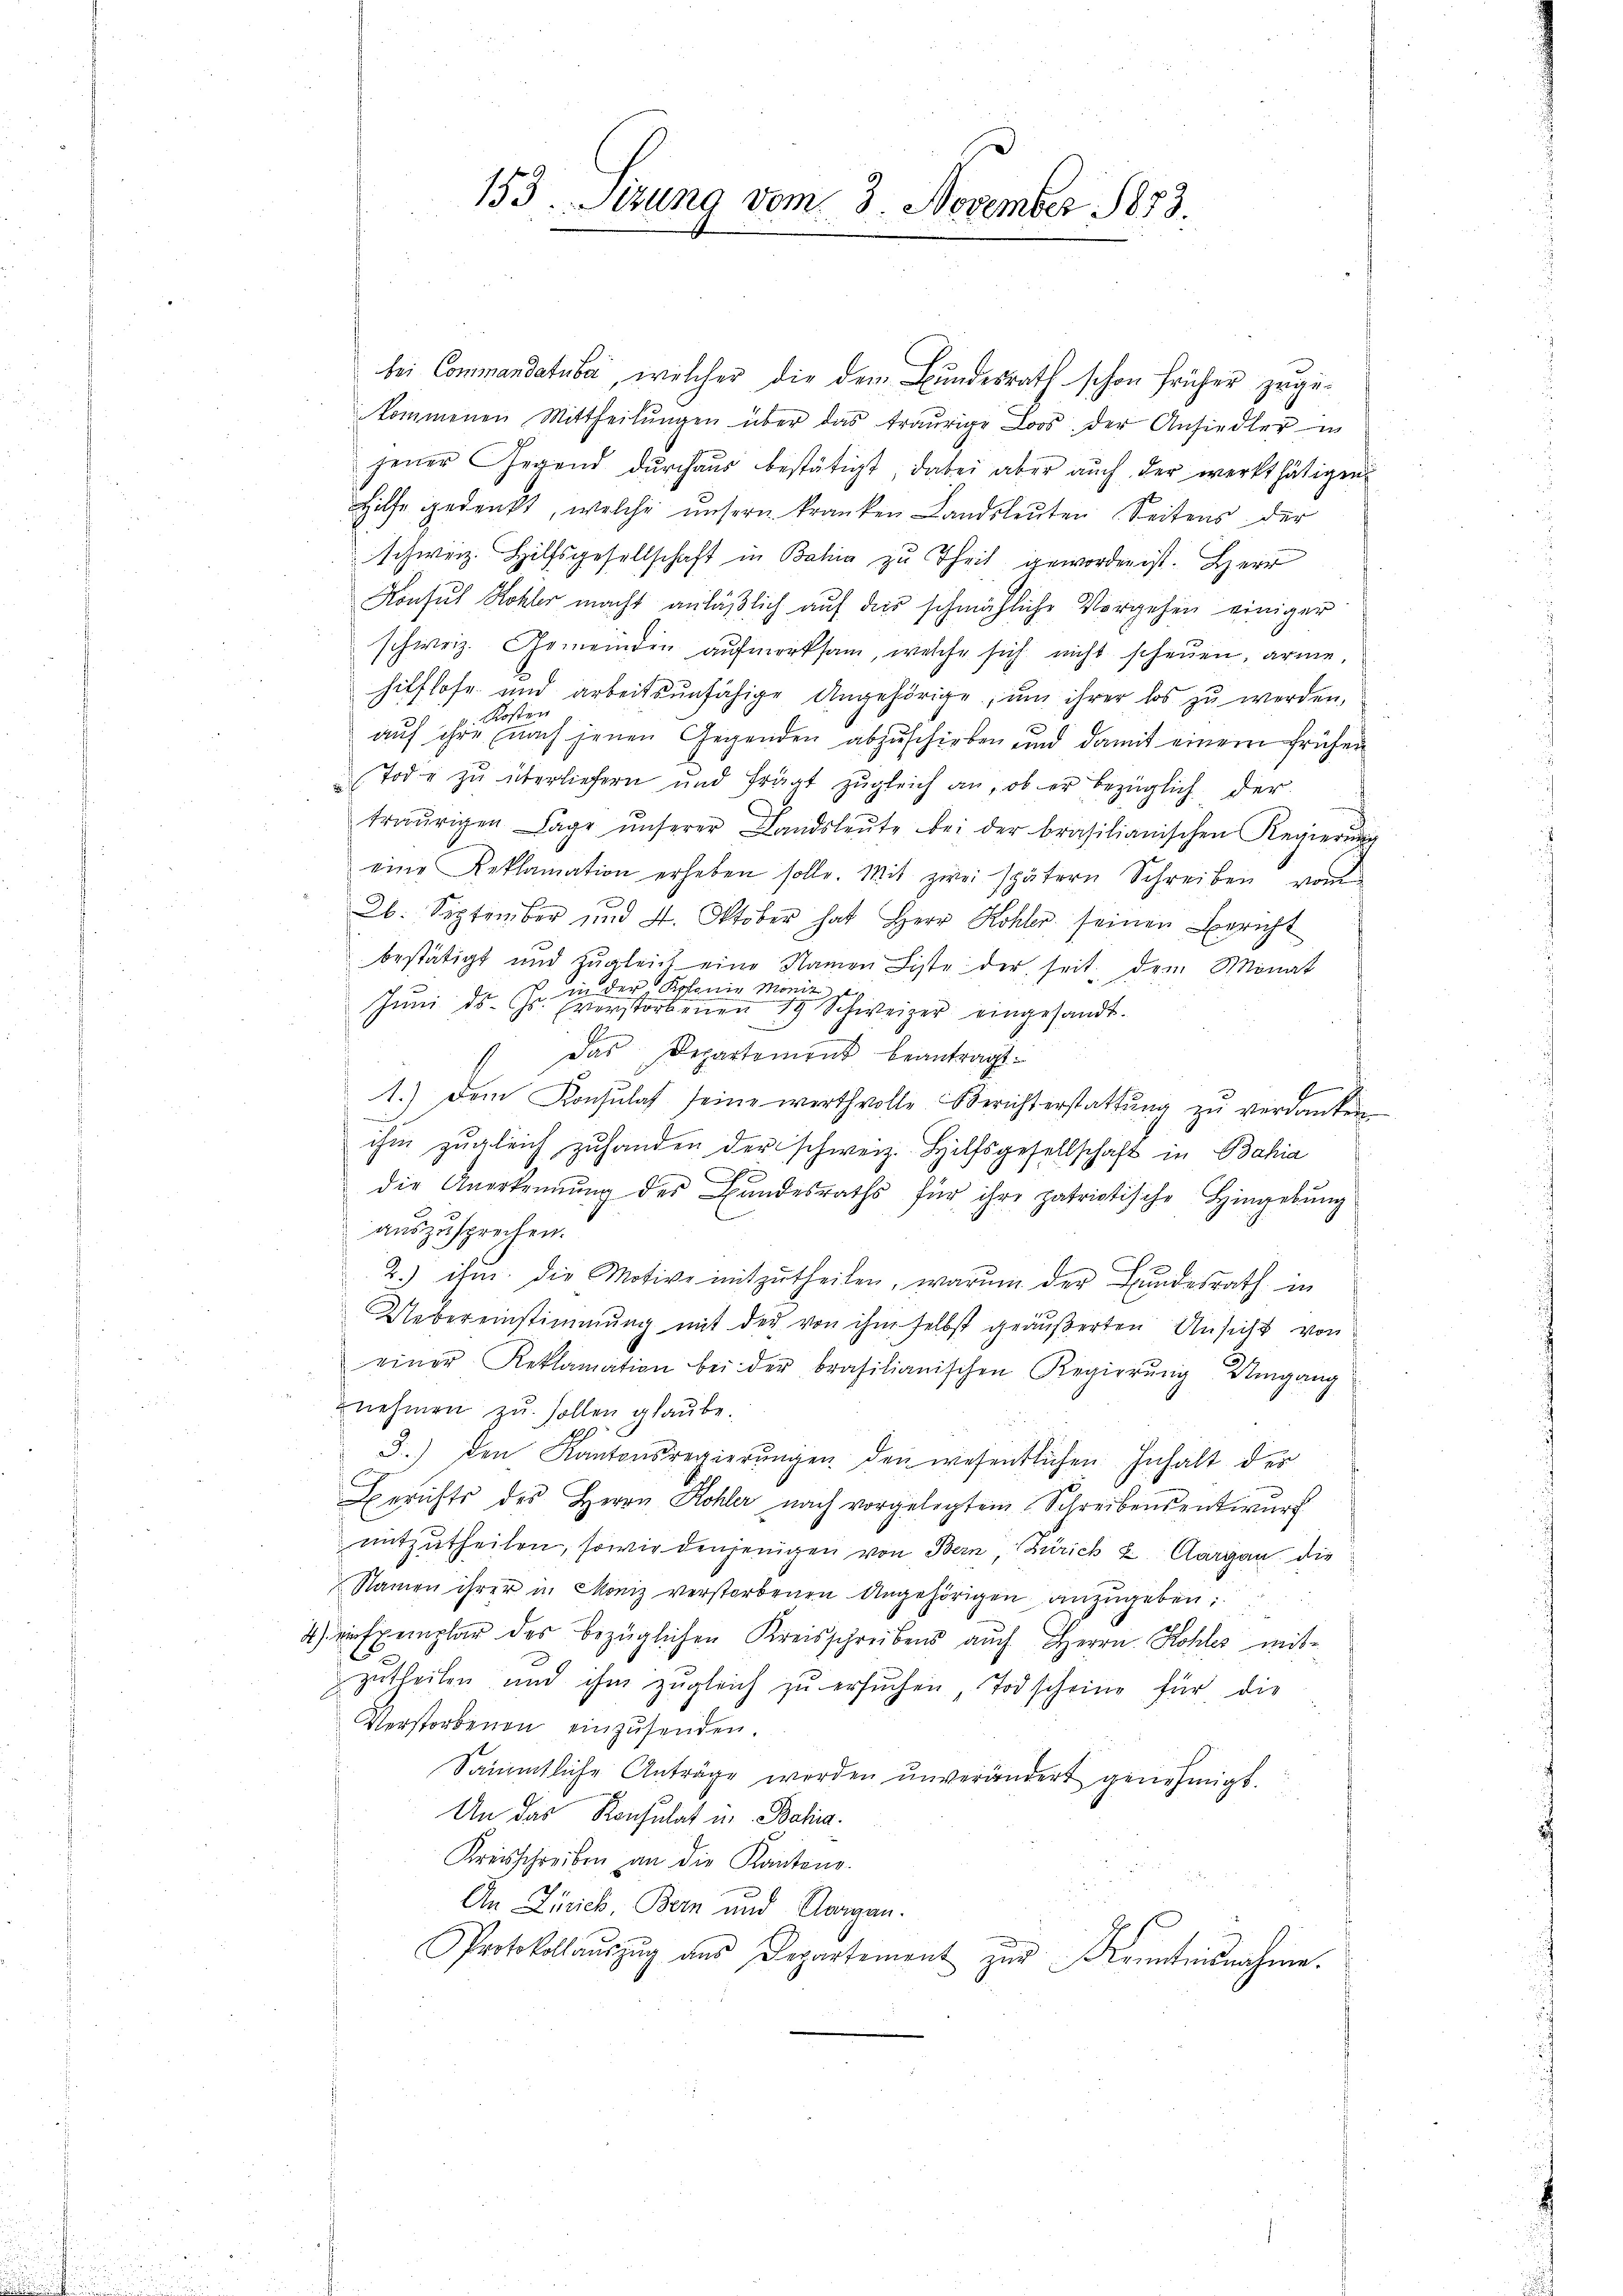
bei Commandatube, welcher die dem Bundesrath schon früher zugekommenen Mittheilŭngen über das traurige Loos der Ansiedler in
jener Gegend durchaus bestätigt, dabei aber auch der werkthätigen
Hilfe gedenkt, welche unsern kranken Landsleuten Seitens der
schweiz. Hilfsgesellschaft in Bahia zu Theil geworden ist. Herr
Konsul Kohler macht anläßlich auf das schmähliche Vorgehen einiger
schweiz. Gemeinden aufmerksam, welche sich nicht scheuen, arme
hilflose und arbeitsunfähige Angehörige, um ihrer los zu werden,
Kosten
auf ihre nach jenen Gegenden abzuschieben und damit einem frühen
Tode zu überliefern und frägt zugleich an, ob er bezüglich der
traurigen Lage ŭnserer Landsleŭte bei der brasilianischen Regierŭng
eine Reklamation erheben solle. Mit zwei spätern Schreiben vom
2b. September und 4. Oktober hat Herr Kohler seinen Bericht
bestätigt und zŭgleich eine Namen Liste der seit dem Monat
in der Kolonie Monit d
Jŭni ds. Gs. verstorbenen 19 Schweizer eingesandt.
 Das Departement beantragt.
1.) Dem Konsulat seine werthvolle Berichterstattŭng zŭ verdanken
ihm zugleich zuhanden der schweiz. Hilfsgesellschaft in Bahia
die Anerkennung des Bundesraths für ihre patriotische Hingebung
auszusprechen.
2.) ihm die Motive mitzutheilen, warum der Bundesrath in
Uebereinstimmung mit der von ihm selbst geäußerten Ansicht von
einer Reklamation bei der brasilianischen Regierŭng Umgang
nehmen zu sollen glaube.
3.) Den Kantonsregierŭngen den wesentlichen Inhalt der
Berichts des Herrn Kohler nach vorgelegtem Schreibensentwurf
mitzutheilen, sowie denjenigen von Bern, Zürich 2. Aargau die
Namen ihrer in Moniz verstorbenen Angehörigen anzŭgeben;
4) ein Exemplar des bezüglichen Kreisschreibens auch Herrn Kohles mit-
zŭtheilen und ihm zŭgleich zŭ ersŭchen, Todscheine für die
Verstorbenen einzusenden.
Sämmtliche Anträge werden unverändert genehmigt.
An das Konsulat in Bahia.
Kreisschreiben an die Kantons-
An Zürich, Bern und Aargau.
Protokollaŭszŭg ans Departement zur Kenntnisnahme.

153. Sizung vom 3. November 1873.